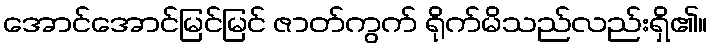
အောင်အောင်မြင်မြင် ဇာတ်ကွက် ရိုက်မိသည်လည်းရှိ၏။